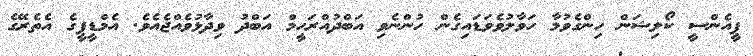
ޕީއެންސީ ކޯލިޝަން ހިންގެވުމާ ހަވާލުވެވަޑައިގެން ހުންނެވި އަބްދުއްރަހީމް އަބްދު ވިދާޅުވެއްޖެއެވެ. އެމްޑީޕީގެ އެތެރޭގެ